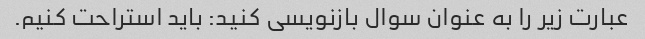
عبارت زیر را به عنوان سوال بازنویسی کنید: باید استراحت کنیم.